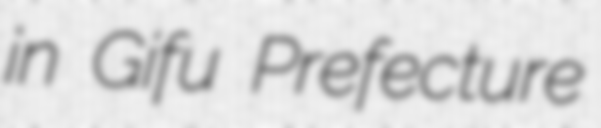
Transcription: in Gifu Prefecture